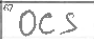
Transcription: OCS